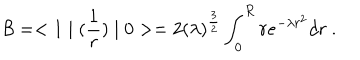
{ \cal B } = < 1 \mid ( { \frac { 1 } { r } } ) \mid 0 > = 2 ( \lambda ) ^ { { \frac { 3 } { 2 } } } \int _ { 0 } ^ { R } r e ^ { - \lambda r ^ { 2 } } d r ~ .